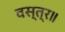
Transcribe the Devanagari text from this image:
वस्त्र॥